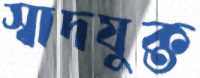
স্বাদযুক্ত